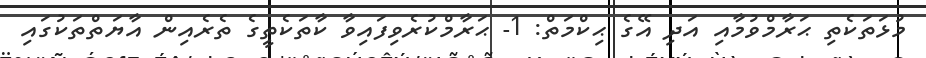
މުޅަތަކެތި ޙަރާމްވުމާއި އަދި އޭގެ ޙިކްމަތް: 1- ޙަރާމްކުރެވިފައިވާ ކާތަކެތީގެ ތެރެއިން އާޔަތްތަކުގައި